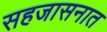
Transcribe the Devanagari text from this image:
सहजासनात